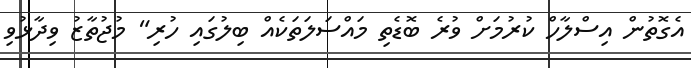
އެގޮތުން އިސްލާހް ކުރުމަށް ވުރެ ބޮޑެތި މައްސަލަތަކެއް ބިލުގައި ހުރި" މުޖުތާޒު ވިދާޅުވި